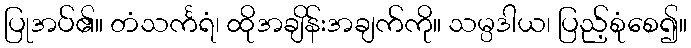
ပြုအပ်၏။ တံသင်္ကရံ၊ ထိုအချိန်းအချက်ကို။ သမ္ပဒါယ၊ ပြည့်စုံစေ၍။